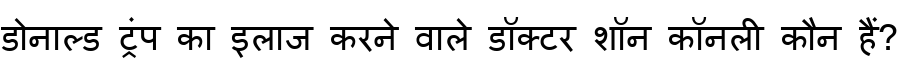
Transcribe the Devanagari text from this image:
डोनाल्ड ट्रंप का इलाज करने वाले डॉक्टर शॉन कॉनली कौन हैं?